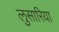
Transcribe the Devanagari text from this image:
लुसारिया